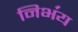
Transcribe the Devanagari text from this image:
निभ॔य